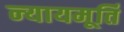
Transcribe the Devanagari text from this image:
न्‍यायमूर्ति